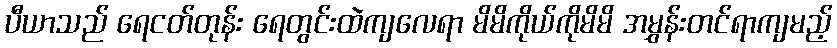
ပီယာသည် ရေငတ်တုန်း ရေတွင်းထဲကျလေရာ မိမိကိုယ်ကိုမိမိ အမွှန်းတင်ရာကျမည့်